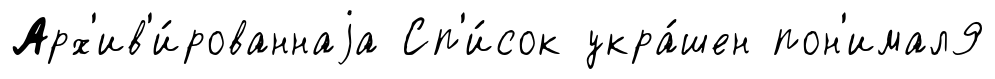
Арх'ив'и́рованнаjа Сп'и́сок укра́шен пон'имал9